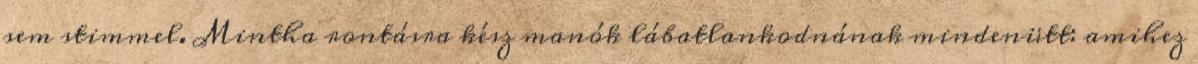
sem stimmel. Mintha rontásra kész manók lábatlankodnának mindenütt: amihez